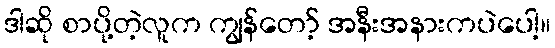
ဒါဆို စာပို့တဲ့လူက ကျွန်တော့် အနီးအနားကပဲပေါ့။